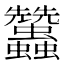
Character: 𧖟